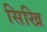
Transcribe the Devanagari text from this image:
सिखि